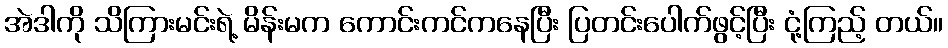
အဲဒါကို သိကြားမင်းရဲ့ မိန်းမက ကောင်းကင်ကနေပြီး ပြတင်းပေါက်ဖွင့်ပြီး ငုံ့ကြည့် တယ်။